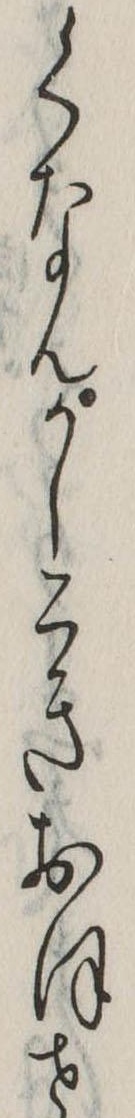
くなんかしこきおほせ